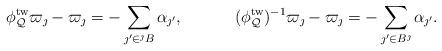
LaTeX: \begin{align*}\phi_{\mathcal{Q}}^{\mathrm{tw}}\varpi_{\jmath}-\varpi_{\jmath}&=-\sum_{\jmath'\in {{}^{\jmath}B}}\alpha_{\jmath'},&(\phi_{\mathcal{Q}}^{\mathrm{tw}})^{-1}\varpi_{\jmath}-\varpi_{\jmath}&=-\sum_{\jmath'\in B^{\jmath}}\alpha_{\jmath'}.\end{align*}